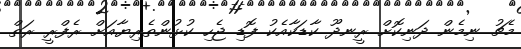
މެޗު ނިމެން ދަނިކޮށް ރީނދޫ ކާޑަކާއެކު ފޮޑި ޖެހި ކުޅުންތެރިޔާއަށް ރެފްރީ ރަތް